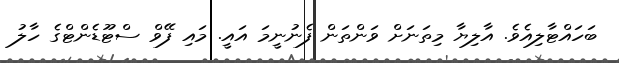
ބަހައްޓާލިއެވެ. އާލިޔާ މިތަނަށް ވަންތަން ފެނުނީމަ އައީ. މައި ފޭވް ސްޓޫޑެންޓްގެ ހާލު